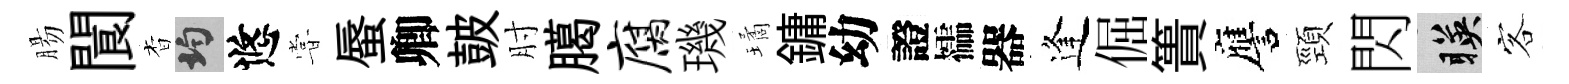
腸閬杳均悠甞蜃卿皷肘臈腐璣璚鏞幼證櫺器逢倔簣譍頸閃暎客